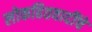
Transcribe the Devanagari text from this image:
लोकहितवादींचे